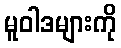
မူဝါဒများကို